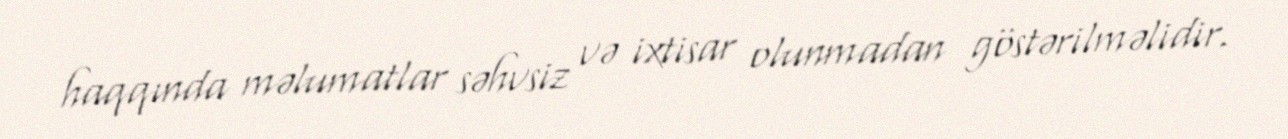
haqqında məlumatlar səhvsiz və ixtisar olunmadan göstərilməlidir.